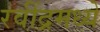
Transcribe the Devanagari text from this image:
रवींद्रमध्ये